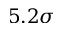
5 . 2 \sigma